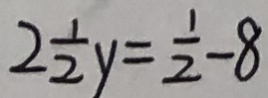
2 \frac { 1 } { 2 } y = \frac { 1 } { 2 } - 8